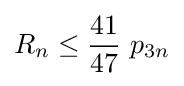
R_{n}\leq {\frac {41}{47}}\ p_{3n}